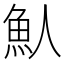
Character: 魜